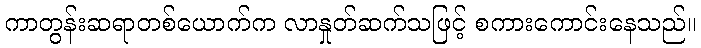
ကာတွန်းဆရာတစ်ယောက်က လာနှုတ်ဆက်သဖြင့် စကားကောင်းနေသည်။